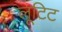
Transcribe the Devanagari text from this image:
लूटिट